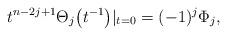
LaTeX: \begin{gather*} t^{n-2j+1} \Theta_j\big(t^{-1}\big) \arrowvert_{t=0}=(-1)^{j} \Phi_j, \end{gather*}